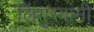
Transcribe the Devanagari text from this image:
लिंगुस्वामी